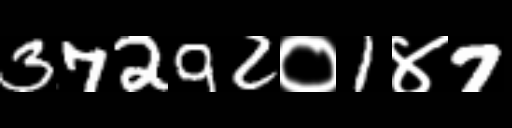
Text: 37292०1४7